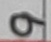
Text: 9